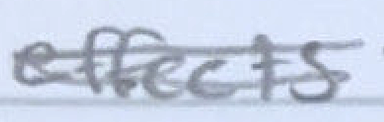
Text: effects
Cross-out: double-line
Writing tool: pencil